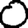
Digit: 0